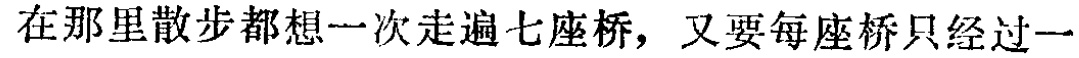
在那里散步都想一次走遍七座桥，又要每座桥只经过一